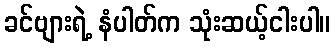
ခင်ဗျားရဲ့ နံပါတ်က သုံးဆယ့်ငါးပါ။